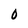
Character: O